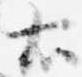
右